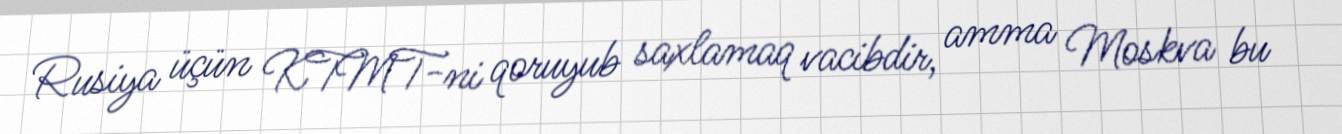
Rusiya üçün KTMT-ni qoruyub saxlamaq vacibdir, amma Moskva bu